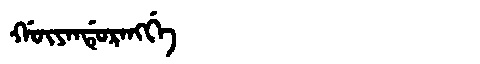
Manchu: ᡤᡡᠶᠠᠨᡩᡠᡵᠠᠩᡤᡝ
Romanization: GŪYANDURANGGE